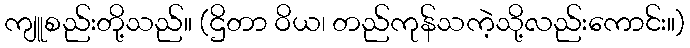
ကျူစည်းတို့သည်။ (ဌိတာ ဝိယ၊ တည်ကုန်သကဲ့သို့လည်းကောင်း။)